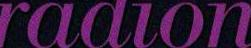
radion